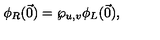
\phi _ { R } ( \vec { 0 } ) = \wp _ { u , v } \phi _ { L } ( \vec { 0 } ) ,